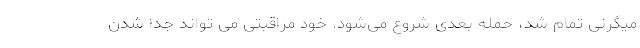
میگرنی تمام شد، حمله بعدی شروع می‌شود. خود مراقبتی می تواند جدا شدن